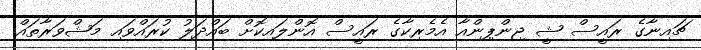
ޗައިނާގެ ރައީސް ޝީ ޖިންޕިންއާ އެމެރިކާގެ ރައީސް އޮންލައިކޮށް ބައްދަލު ކުރައްވައި މަޝްވަރާތައް